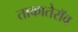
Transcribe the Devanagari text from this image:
ताकातेराॅव